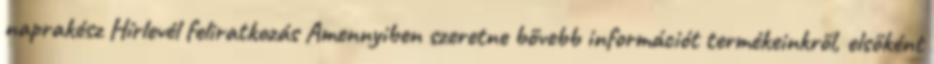
naprakész Hírlevél feliratkozás Amennyiben szeretne bővebb információt termékeinkről, elsőként